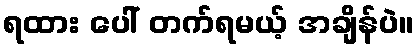
ရထား ပေါ် တက်ရမယ့် အချိန်ပဲ။